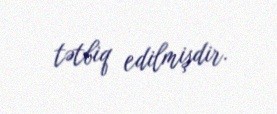
tətbiq edilmişdir.